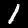
Label: 1